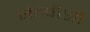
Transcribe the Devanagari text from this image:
जेडपीसी